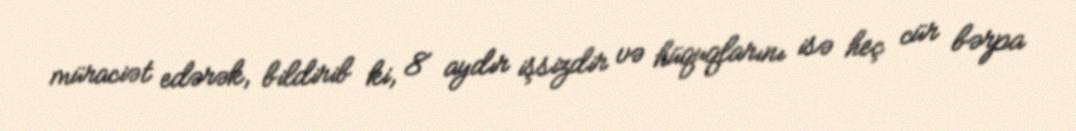
müraciət edərək, bildirib ki, 8 aydır işsizdir və hüquqlarını isə heç cür bərpa